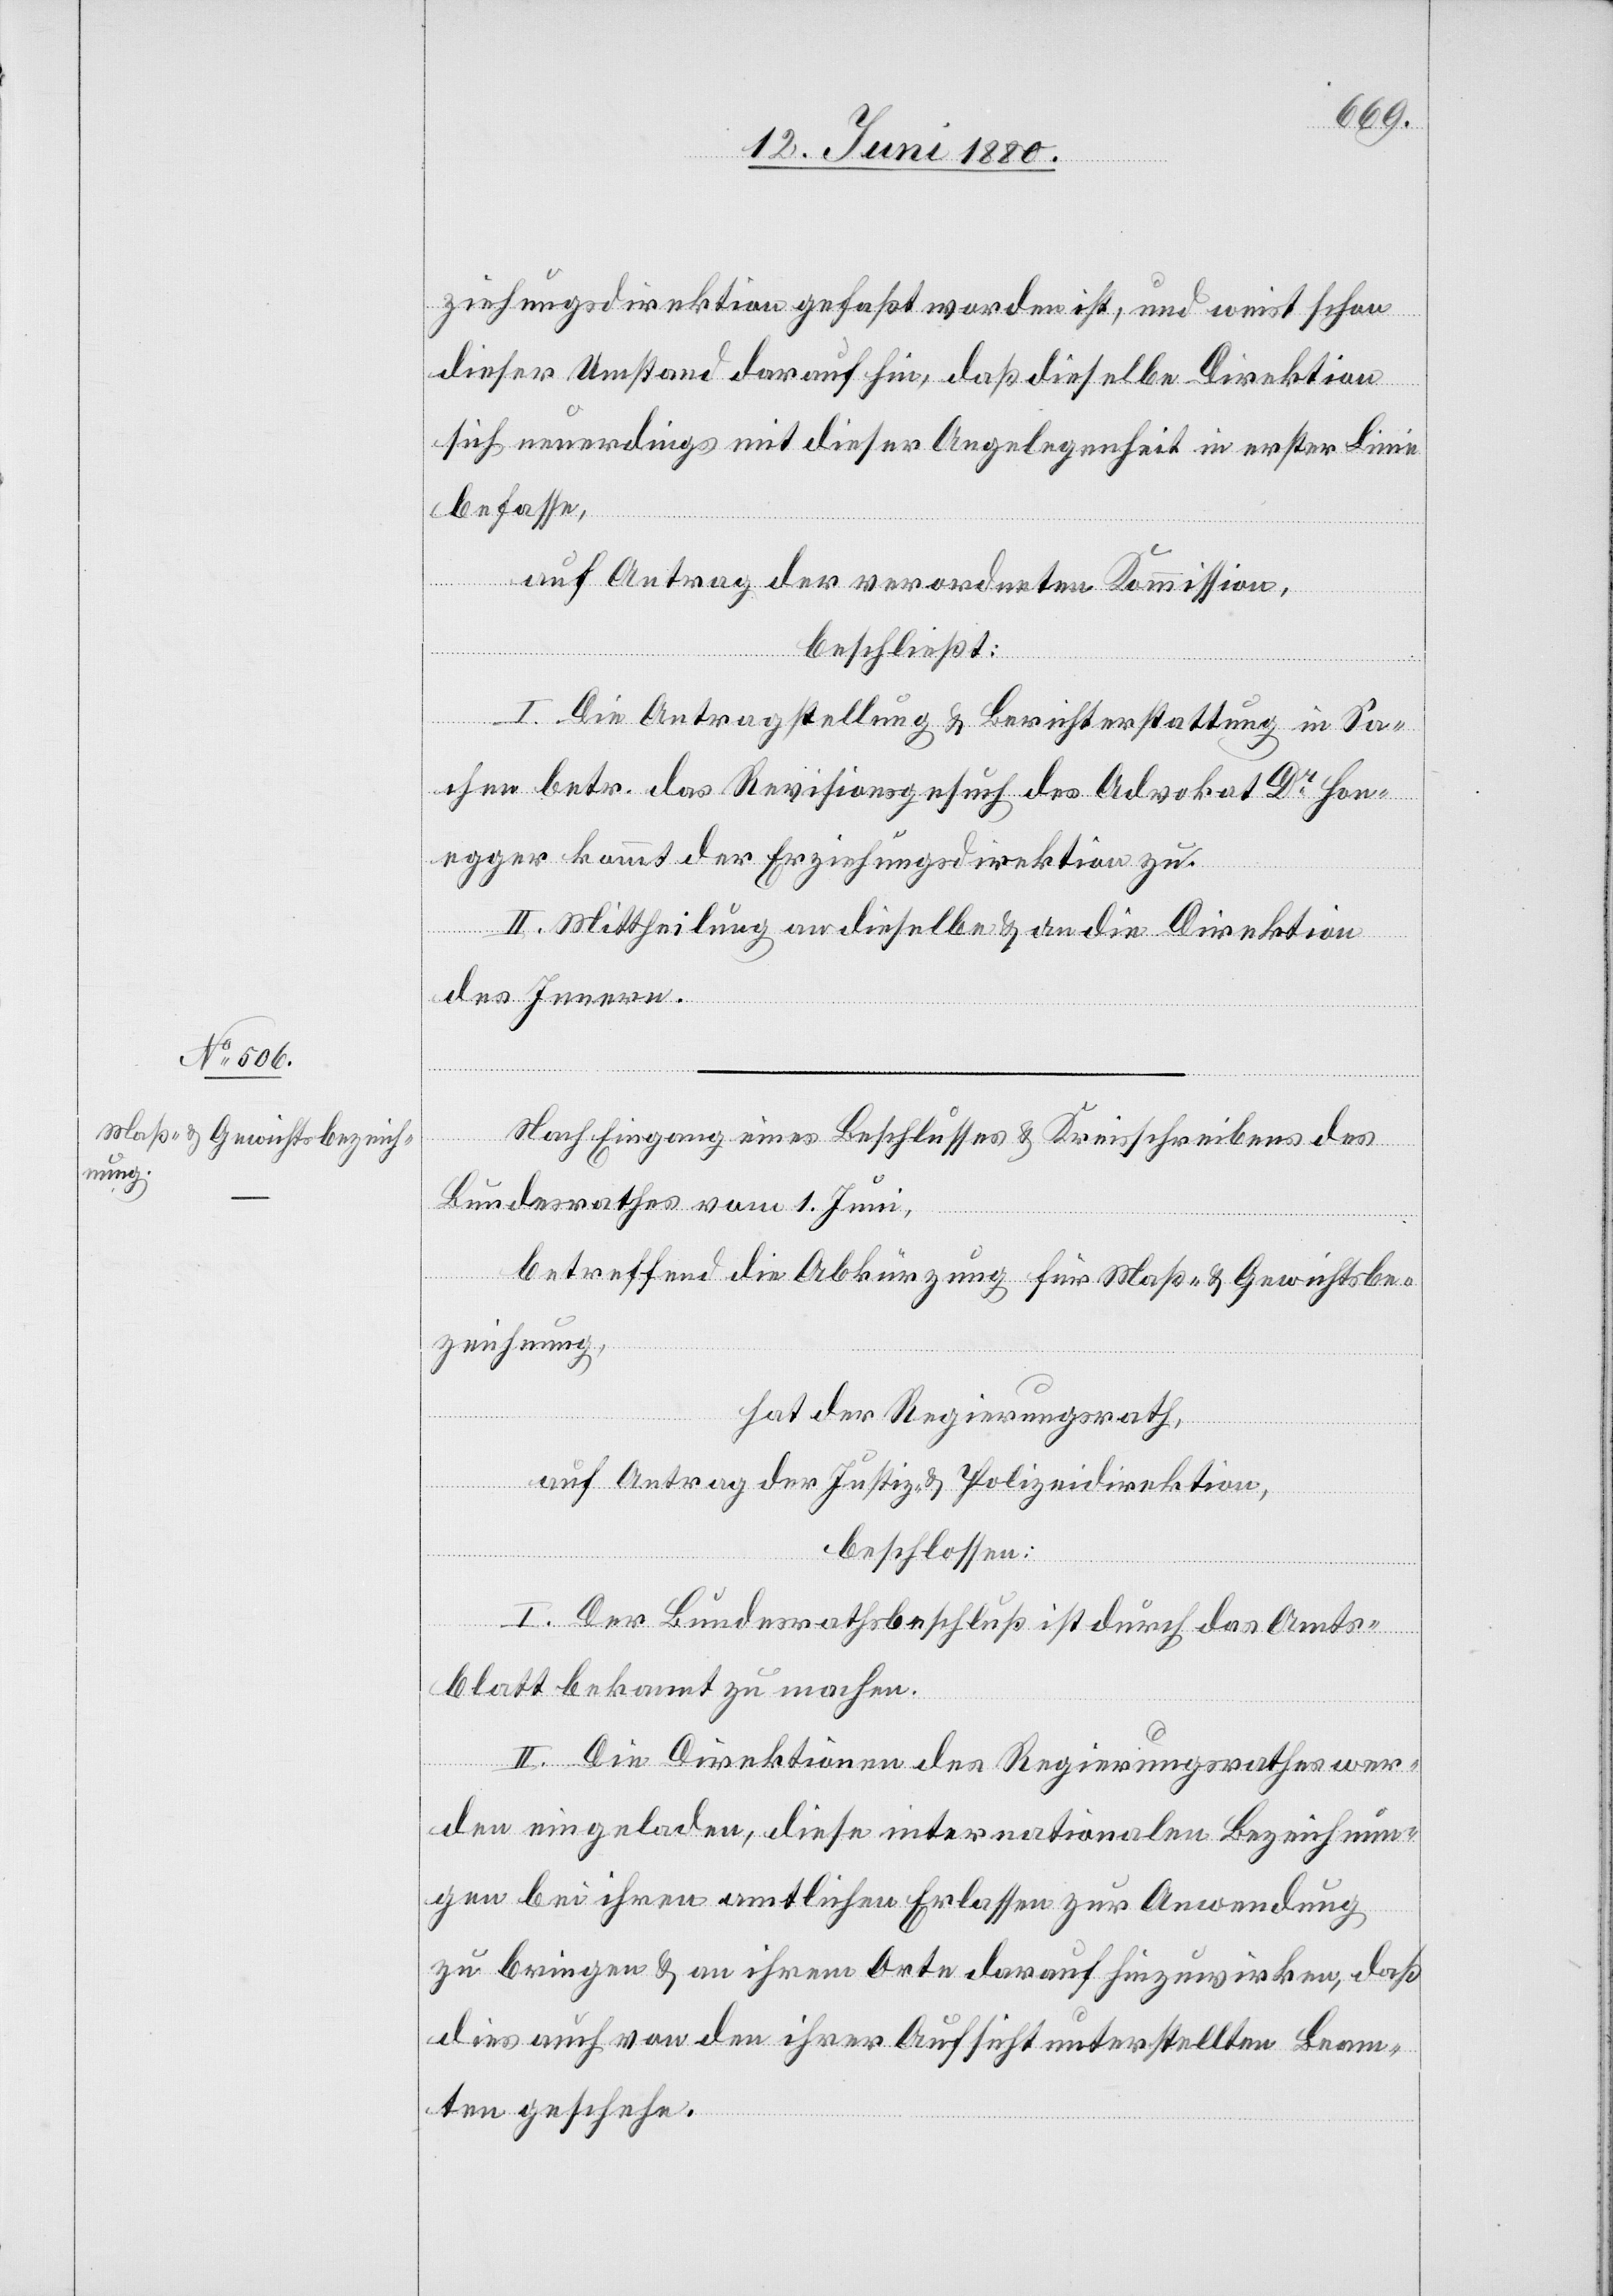
ziehungsdirektion gefaßt worden ist, und weist schon
dieser Umstand darauf hin, daß dieselbe Direktion
sich neuerdings mit dieser Angelegenheit in erster Linie
befasse,
auf Antrag der verordneten Kommission,
beschließt:
I. Die Antragstellung & Berichterstattung in Sa¬
chen betr. das Revisionsgesuch des Advokat Dr Hon¬
egger kommt der Erziehungsdirektion zu.
II. Mittheilung an dieselbe & an die Direktion
des Innern.
Nach Eingang eines Beschlusses & Kreisschreibens des
Bundesrathes vom 1. Juni,
betreffend die Abkürzung für Maß- & Gewichtsbe¬
zeichnung,
hat der Regierungsrath,
auf Antrag der Justiz- & Polizeidirektion,
beschlossen:
I. Der Bundesrathsbeschluß ist durch das Amts¬
blatt bekannt zu machen.
II. Die Direktionen des Regierungsrathes wer¬
den eingeladen, diese internationalen Bezeichnun¬
gen bei ihren amtlichen Erlassen zur Anwendung
zu bringen & an ihrem Orte darauf hinzuwirken, daß
dies auch von den ihrer Aufsicht unterstellten Beam¬
ten geschehe.